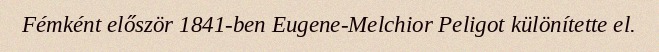
Fémként először 1841-ben Eugene-Melchior Peligot különítette el.